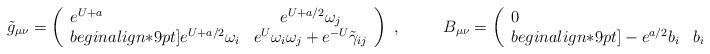
LaTeX: \begin{align*}\tilde{g}_{\mu\nu} = \left (\begin{array}{lc} e^{U+a} &e^{U+a/2}\omega_j \\begin{align*}9pt]e^{U+a/2}\omega_i & e^U\omega_i \omega_j + e^{-U}\tilde{\gamma}_{ij}\end{array}\right) \ , \hspace{30pt} B_{\mu\nu}=\left (\begin{array}{lc} 0 &e^{a/2} b_j \\begin{align*}9pt] - e^{a/2} b_i & b_{ij}+\omega_{[i}b_{j]} \end{array} \right) \ .\end{align*}